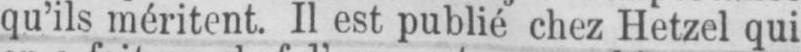
qu’ils méritent. Il est publié chez Hetzel qui